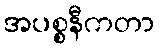
အပစ္စနီကတာ